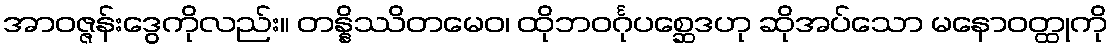
အာဝဇ္ဇန်းဒွေကိုလည်း။ တန္နိဿိတမေဝ၊ ထိုဘဝင်္ဂုပစ္ဆေဒဟု ဆိုအပ်သော မနောဝတ္ထုကို